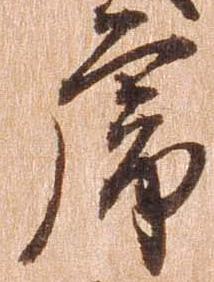
虎